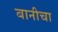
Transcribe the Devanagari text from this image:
बानीचा